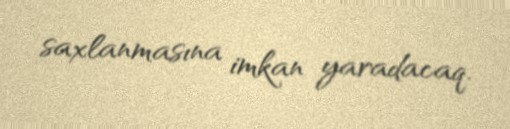
saxlanmasına imkan yaradacaq.